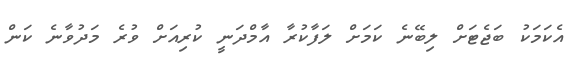
އެކަމަކު ބަޖެޓަށް ލިބޭނެ ކަމަށް ލަފާކުރާ އާމްދަނީ ކުރިއަށް ވުރެ މަދުވާނެ ކަން